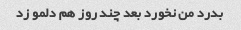
بدرد من نخورد بعد چند روز هم دلمو زد